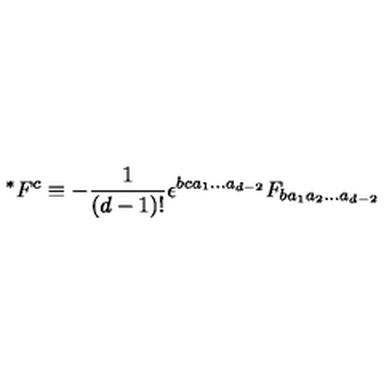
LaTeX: ^ { * } F ^ { c } \equiv - \frac { 1 } { ( d - 1 ) ! } \epsilon ^ { b c a _ { 1 } \ldots a _ { d - 2 } } F _ { b a _ { 1 } a _ { 2 } \ldots a _ { d - 2 } } \nonumber